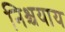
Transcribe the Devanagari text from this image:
निश्चयाय